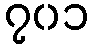
၇၀၁